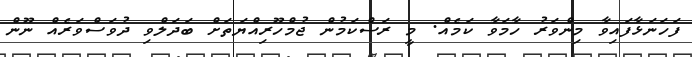
ފަހަނަޅާފައިވާ މިންވަރު ހާމަވާ ކަމެއް. މީ ރަސްކަމުން ޖުމްހޫރިއްޔަތަށް ބަދަލްވި ދުވަސްވަރެއް ނޫން